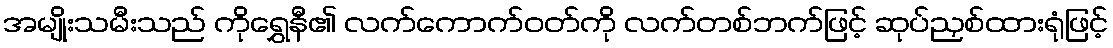
အမျိုးသမီးသည် ကိုရွှေနီ၏ လက်ကောက်ဝတ်ကို လက်တစ်ဘက်ဖြင့် ဆုပ်ညှစ်ထားရုံဖြင့်